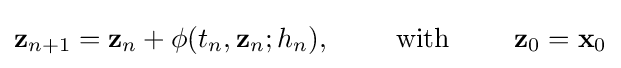
\mathbf {z} _{n+1}=\mathbf {z} _{n}+\mathbf {\phi } (t_{n},\mathbf {z} _{n};h_{n}),\qquad {\text{ with }}\qquad \mathbf {z} _{0}=\mathbf {x} _{0}